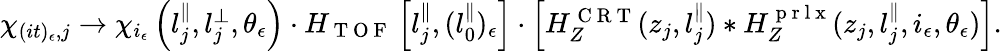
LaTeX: \begin{array}{r}{\chi_{(it)_{\epsilon},j}\rightarrow\chi_{i_{\epsilon}}\left(l_{j}^{\parallel},l_{j}^{\perp},\theta_{\epsilon}\right)\cdot H_{\mathrm{~T~O~F~}}\left[l_{j}^{\parallel},(l_{0}^{\parallel})_{\epsilon}\right]\cdot\left[H_{Z}^{\mathrm{~C~R~T~}}(z_{j},l_{j}^{\parallel})*H_{Z}^{\mathrm{~p~r~l~x~}}(z_{j},l_{j}^{\parallel},i_{\epsilon},\theta_{\epsilon})\right].}\end{array}